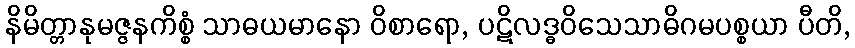
နိမိတ္တာနုမဇ္ဇနကိစ္စံ သာဓယမာနော ဝိစာရော, ပဋိလဒ္ဓဝိသေသာဓိဂမပစ္စယာ ပီတိ,